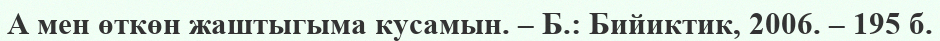
А мен өткөн жаштыгыма кусамын. – Б.: Бийиктик, 2006. – 195 б.